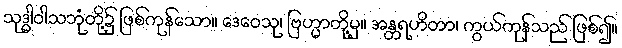
သုဒ္ဓါဝါသဘုံတို့၌ ဖြစ်ကုန်သော။ ဒေဝေသု၊ ဗြဟ္မာတို့မှ။ အန္တရဟိတာ၊ ကွယ်ကုန်သည် ဖြစ်၍။